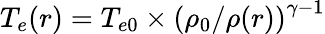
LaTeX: T_{e}(r)=T_{e0}\times\left(\rho_{0}/\rho(r)\right)^{\gamma-1}